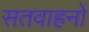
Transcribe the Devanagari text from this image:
सतवाहनों